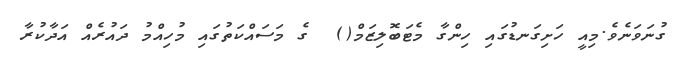
ގުނަވަނެވެ.މިއީ ހަށިގަނޑުގައި ހިންގާ މެޓަބޮލިޒަމް()  ގެ މަސައްކަތުގައި މުހިއްމު ދައުރެއް އަދާކުރާ